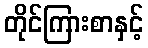
တိုင်ကြားစာနှင့်